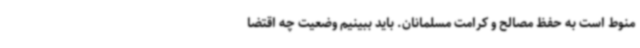
منوط است به حفظ مصالح و کرامت مسلمانان. باید ببینیم وضعیت چه اقتضا